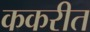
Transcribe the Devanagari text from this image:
ककरीत